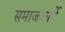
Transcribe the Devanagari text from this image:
समाजकार्ये